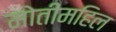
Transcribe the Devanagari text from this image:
मोतीमहिल